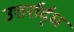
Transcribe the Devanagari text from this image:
उत्तर्रार्द्ध